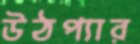
উঠপ্যার